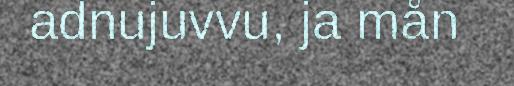
adnujuvvu, ja mån